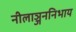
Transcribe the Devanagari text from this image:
नीलाञ्जननिभाय